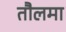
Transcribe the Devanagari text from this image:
तौलमा